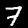
Label: 7